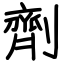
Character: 劑